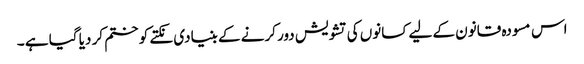
اس مسودہ قانون کے لیے کسانوں کی تشویش دور کرنے کے بنیادی نکتے کو ختم کر دیا گیا ہے ۔